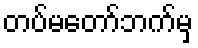
တပ်မတော်ဘက်မှ